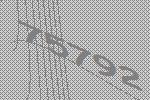
75792